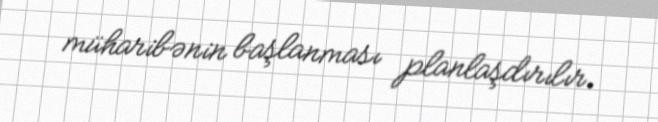
müharibənin başlanması planlaşdırılır.